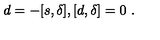
d = - [ s , \delta ] , [ d , \delta ] = 0 \ .